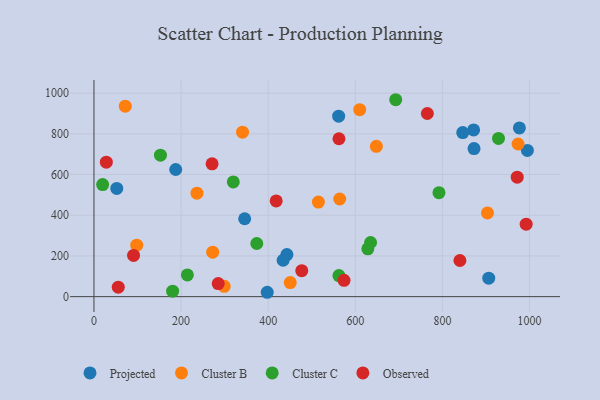
{"axis": {"x": "Price", "y": "Salary"}, "legend": ["Cluster B", "Cluster C", "Observed", "Projected"], "data": [{"x": "434.3", "y": 179.0, "type": "Projected"}, {"x": "561.8", "y": 887.0, "type": "Projected"}, {"x": "871.7", "y": 819.5, "type": "Projected"}, {"x": "187.7", "y": 624.9, "type": "Projected"}, {"x": "846.7", "y": 806.5, "type": "Projected"}, {"x": "995.1", "y": 718.8, "type": "Projected"}, {"x": "346.0", "y": 382.8, "type": "Projected"}, {"x": "976.8", "y": 829.3, "type": "Projected"}, {"x": "52.4", "y": 531.7, "type": "Projected"}, {"x": "906.4", "y": 90.8, "type": "Projected"}, {"x": "443.0", "y": 206.6, "type": "Projected"}, {"x": "397.8", "y": 21.5, "type": "Projected"}, {"x": "872.6", "y": 727.5, "type": "Projected"}, {"x": "610.2", "y": 918.9, "type": "Cluster B"}, {"x": "450.7", "y": 69.3, "type": "Cluster B"}, {"x": "648.4", "y": 738.9, "type": "Cluster B"}, {"x": "299.1", "y": 50.5, "type": "Cluster B"}, {"x": "272.6", "y": 218.4, "type": "Cluster B"}, {"x": "98.2", "y": 252.9, "type": "Cluster B"}, {"x": "515.3", "y": 464.8, "type": "Cluster B"}, {"x": "903.5", "y": 411.4, "type": "Cluster B"}, {"x": "973.7", "y": 750.2, "type": "Cluster B"}, {"x": "564.2", "y": 479.8, "type": "Cluster B"}, {"x": "236.5", "y": 508.6, "type": "Cluster B"}, {"x": "341.1", "y": 808.1, "type": "Cluster B"}, {"x": "71.9", "y": 936.2, "type": "Cluster B"}, {"x": "562.4", "y": 103.6, "type": "Cluster C"}, {"x": "214.5", "y": 106.6, "type": "Cluster C"}, {"x": "373.8", "y": 261.1, "type": "Cluster C"}, {"x": "319.9", "y": 564.0, "type": "Cluster C"}, {"x": "19.9", "y": 551.0, "type": "Cluster C"}, {"x": "928.8", "y": 777.5, "type": "Cluster C"}, {"x": "152.7", "y": 695.4, "type": "Cluster C"}, {"x": "692.8", "y": 967.8, "type": "Cluster C"}, {"x": "792.1", "y": 511.0, "type": "Cluster C"}, {"x": "635.1", "y": 266.0, "type": "Cluster C"}, {"x": "628.8", "y": 235.1, "type": "Cluster C"}, {"x": "180.6", "y": 27.0, "type": "Cluster C"}, {"x": "418.4", "y": 470.4, "type": "Observed"}, {"x": "562.5", "y": 776.1, "type": "Observed"}, {"x": "271.2", "y": 652.7, "type": "Observed"}, {"x": "765.4", "y": 900.0, "type": "Observed"}, {"x": "477.1", "y": 127.8, "type": "Observed"}, {"x": "574.1", "y": 80.0, "type": "Observed"}, {"x": "90.9", "y": 202.8, "type": "Observed"}, {"x": "28.4", "y": 661.1, "type": "Observed"}, {"x": "285.3", "y": 64.5, "type": "Observed"}, {"x": "55.8", "y": 46.6, "type": "Observed"}, {"x": "992.3", "y": 356.4, "type": "Observed"}, {"x": "840.2", "y": 177.6, "type": "Observed"}, {"x": "971.8", "y": 587.0, "type": "Observed"}]}